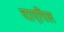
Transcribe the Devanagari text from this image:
दाएरिल